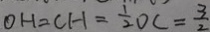
0 H = C H = \frac { 1 } { 2 } 0 C = \frac { 3 } { 2 }